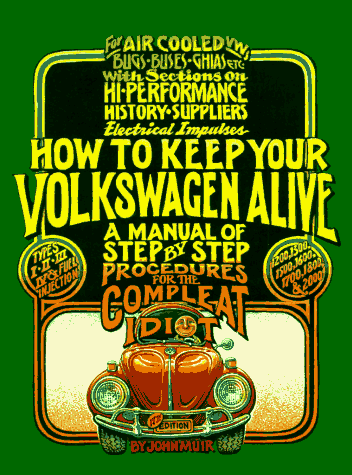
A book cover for How to Keep Your Volkswagen Alive: A Manual of Step by Step Procedures for the Compleat Idiot; John Muir; Engineering & Transportation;